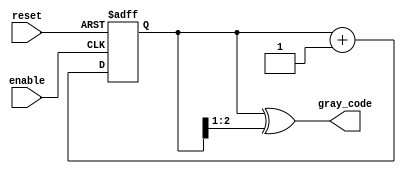
module gray_code_async_counter (
    input wire reset,      // Asynchronous reset
    input wire enable,     // Enable signal to increment the counter
    output reg [n-1:0] gray_code // Output Gray code
);
    parameter n = 3; // Number of bits for the Gray code counter

    // Internal binary counter
    reg [n-1:0] binary_count;

    // Convert binary count to Gray code
    function [n-1:0] binary_to_gray;
        input [n-1:0] binary;
        begin
            binary_to_gray = binary ^ (binary >> 1);
        end
    endfunction

    always @(posedge enable or posedge reset) begin
        if (reset) begin
            binary_count <= 0; // Reset binary counter to 0
        end else begin
            binary_count <= binary_count + 1; // Increment binary counter
        end
    end

    always @(binary_count) begin
        gray_code <= binary_to_gray(binary_count); // Update Gray code output
    end

endmodule